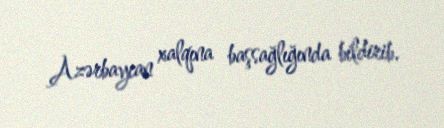
Azərbaycan xalqına başsağlığında bildirib.